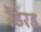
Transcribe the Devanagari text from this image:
रेंडरड